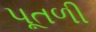
પૂતળી